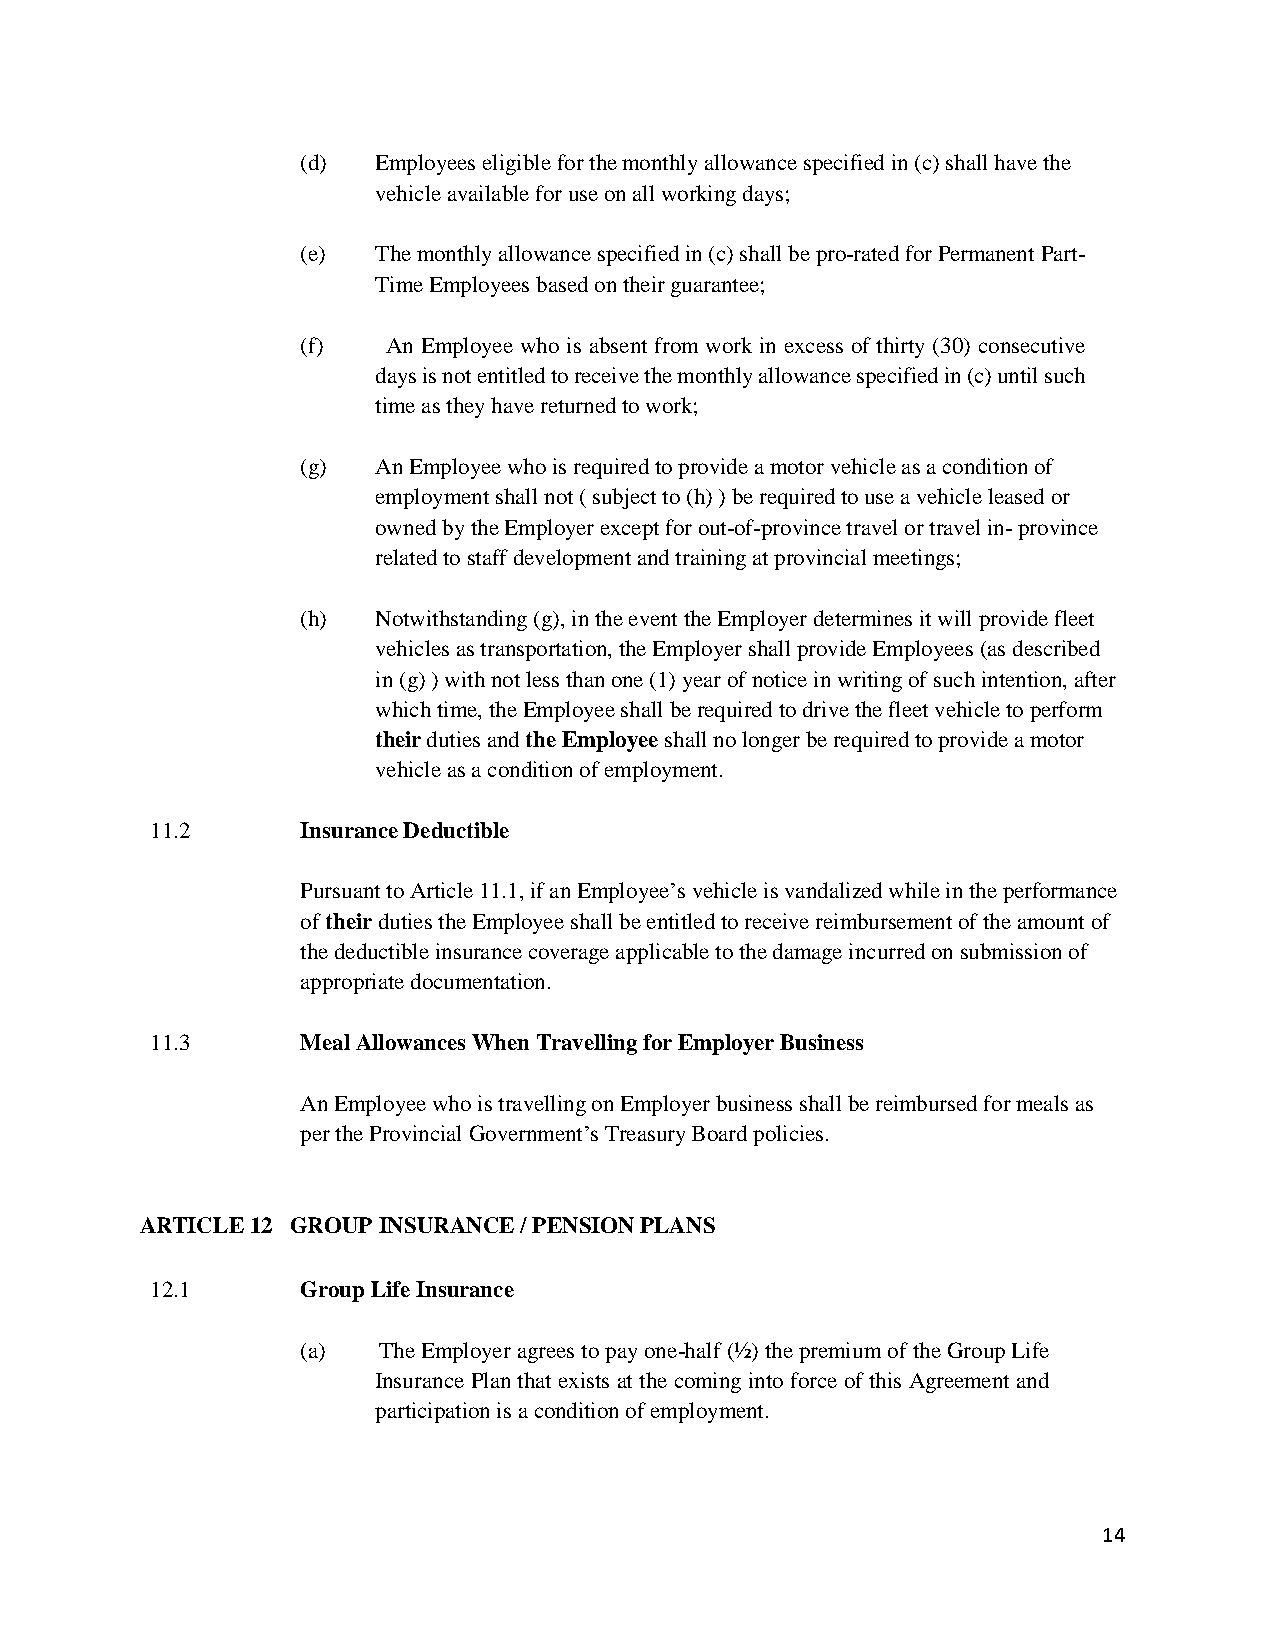
(d)  Employees eligible for the monthly allowance specified in (c) shall have the
 vehicle available for use on all working days;
 (e)  The monthly allowance specified in (c) shall be pro-rated for Permanent Part-
 Time Employees based on their guarantee;
 (f)   An Employee who is absent from work in excess of thirty (30) consecutive
 days is not entitled to receive the monthly allowance specified in (c) until such
 time as they have returned to work;
 (g)  An Employee who is required to provide a motor vehicle as a condition of
 employment shall not ( subject to (h) ) be required to use a vehicle leased or
 owned by the Employer except for out-of-province travel or travel in- province
 related to staff development and training at provincial meetings;
 (h)  Notwithstanding (g), in the event the Employer determines it will provide fleet
 vehicles as transportation, the Employer shall provide Employees (as described
 in (g) ) with not less than one (1) year of notice in writing of such intention, after
 which time, the Employee shall be required to drive the fleet vehicle to perform
 their duties and the Employee shall no longer be required to provide a motor
 vehicle as a condition of employment.
 11.2      Insurance Deductible
 Pursuant to Article 11.1, if an Employee’s vehicle is vandalized while in the performance
 of their duties the Employee shall be entitled to receive reimbursement of the amount of
 the deductible insurance coverage applicable to the damage incurred on submission of
 appropriate documentation.
 11.3      Meal Allowances When Travelling for Employer Business
 An Employee who is travelling on Employer business shall be reimbursed for meals as
 per the Provincial Government’s Treasury Board policies.
 ARTICLE 12 GROUP INSURANCE / PENSION PLANS
 12.1      Group Life Insurance
 (a)  The Employer agrees to pay one-half (½) the premium of the Group Life
 Insurance Plan that exists at the coming into force of this Agreement and
 participation is a condition of employment.
 14